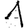
Digit: 1